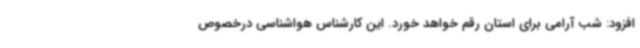
افزود: شب آرامی برای استان رقم خواهد خورد. این کارشناس هواشناسی درخصوص